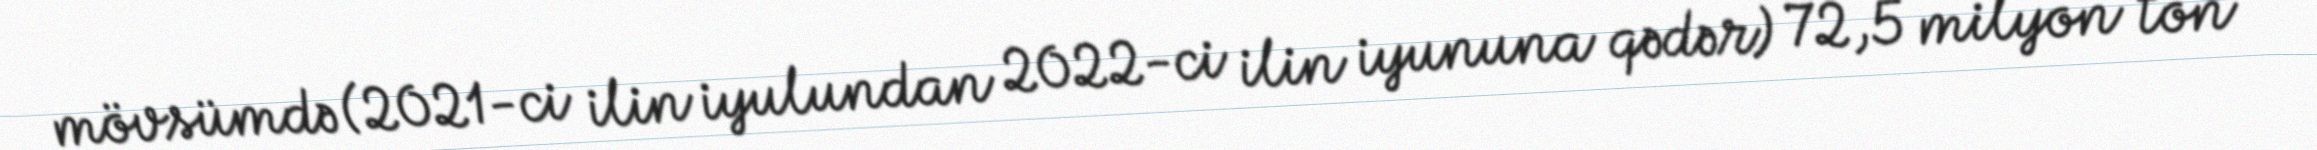
mövsümdə (2021-ci ilin iyulundan 2022-ci ilin iyununa qədər) 72,5 milyon ton